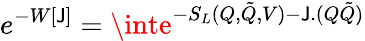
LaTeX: e^{-W[\mathsf{J}]}=\inte^{-S_{L}(Q,\tilde{{Q}},V)-\mathsf{J}.(Q\tilde{{Q}})}